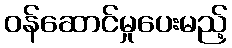
ဝန်ဆောင်မှုပေးမည့်